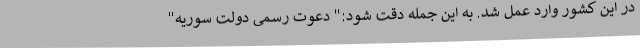
در این کشور وارد عمل شد. به این جمله دقت شود:" دعوت رسمی دولت سوریه"